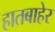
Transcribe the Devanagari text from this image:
हातबाहेर